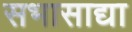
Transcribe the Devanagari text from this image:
सभासाद्या